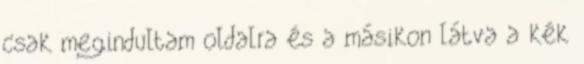
csak megindultam oldalra és a másikon látva a kék